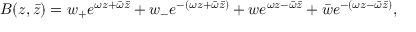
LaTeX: B ( z , \bar { z } ) = w _ { + } e ^ { \omega z + \bar { \omega } \bar { z } } + w _ { - } e ^ { - \left( \omega z + \bar { \omega } \bar { z } \right) } + w e ^ { \omega z - \bar { \omega } \bar { z } } + \bar { w } e ^ { - \left( \omega z - \bar { \omega } \bar { z } \right) } ,